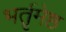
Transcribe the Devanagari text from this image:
भर्तृमेष्ठ